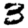
Digit: 3